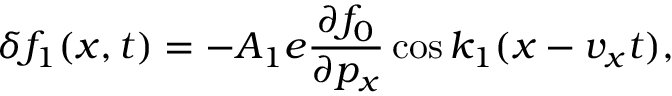
\delta f _ { 1 } ( x , t ) = - A _ { 1 } e \frac { \partial f _ { 0 } } { \partial p _ { x } } \cos k _ { 1 } ( x - v _ { x } t ) ,